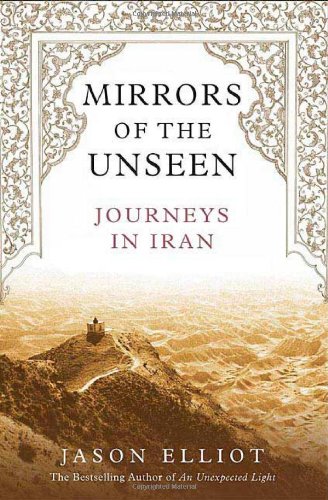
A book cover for Mirrors of the Unseen: Journeys in Iran; Jason Elliot; Travel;